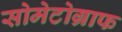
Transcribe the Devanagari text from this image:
सोमेटोग्राफ